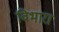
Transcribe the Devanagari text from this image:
विभारा